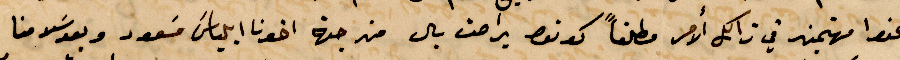
نحفظ مهتمين في ذلك الأمر مطلقًا كونو براحت بال من جهة اخونا ايلياس مسعود وبعد سلامنا